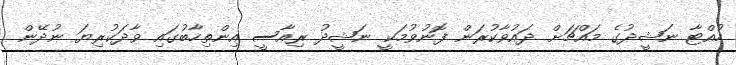
ހުއްޓާ ނަޝީދުގެ މައްޗަށް ދައުވާކުރަން ފޮނުވުމަކީ ނަޝީދު ރިއާސީ އިންތިހާބުގައި ވާދަކުރިޔަ ނުދޭން